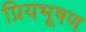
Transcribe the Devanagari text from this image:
प्रियभूषण